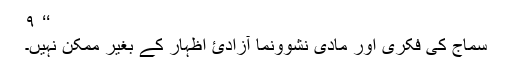
‘‘ ۹
سماج کی فکری اور مادی نشوونما آزادئ اظہار کے بغیر ممکن نہیں۔